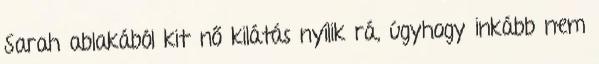
Sarah ablakából kitűnő kilátás nyílik rá, úgyhogy inkább nem